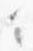
々